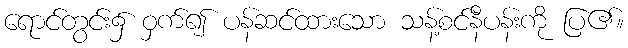
ရောင်တွင်း၌ ဝှက်၍ ပန်ဆင်ထားသော သန့်စင်နီပန်းကို ပြ၏။